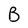
Character: B